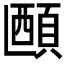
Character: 𬱅